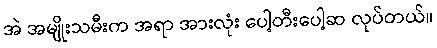
အဲ အမျိုးသမီးက အရာ အားလုံး ပေါ့တီးပေါ့ဆ လုပ်တယ်။